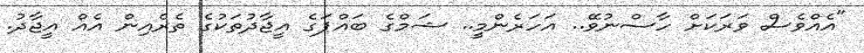
"އެއްވެސް ވަރަކަށް ހާސްނުވޭ.. އަހަރެންމީ.. ޝަމްގެ ބައްޕަގެ އީޖާދުތަކުގެ ތެރެއިން އެއް އީޖާދު.